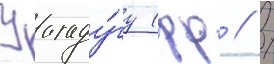
Уагаду́гу (фр // /